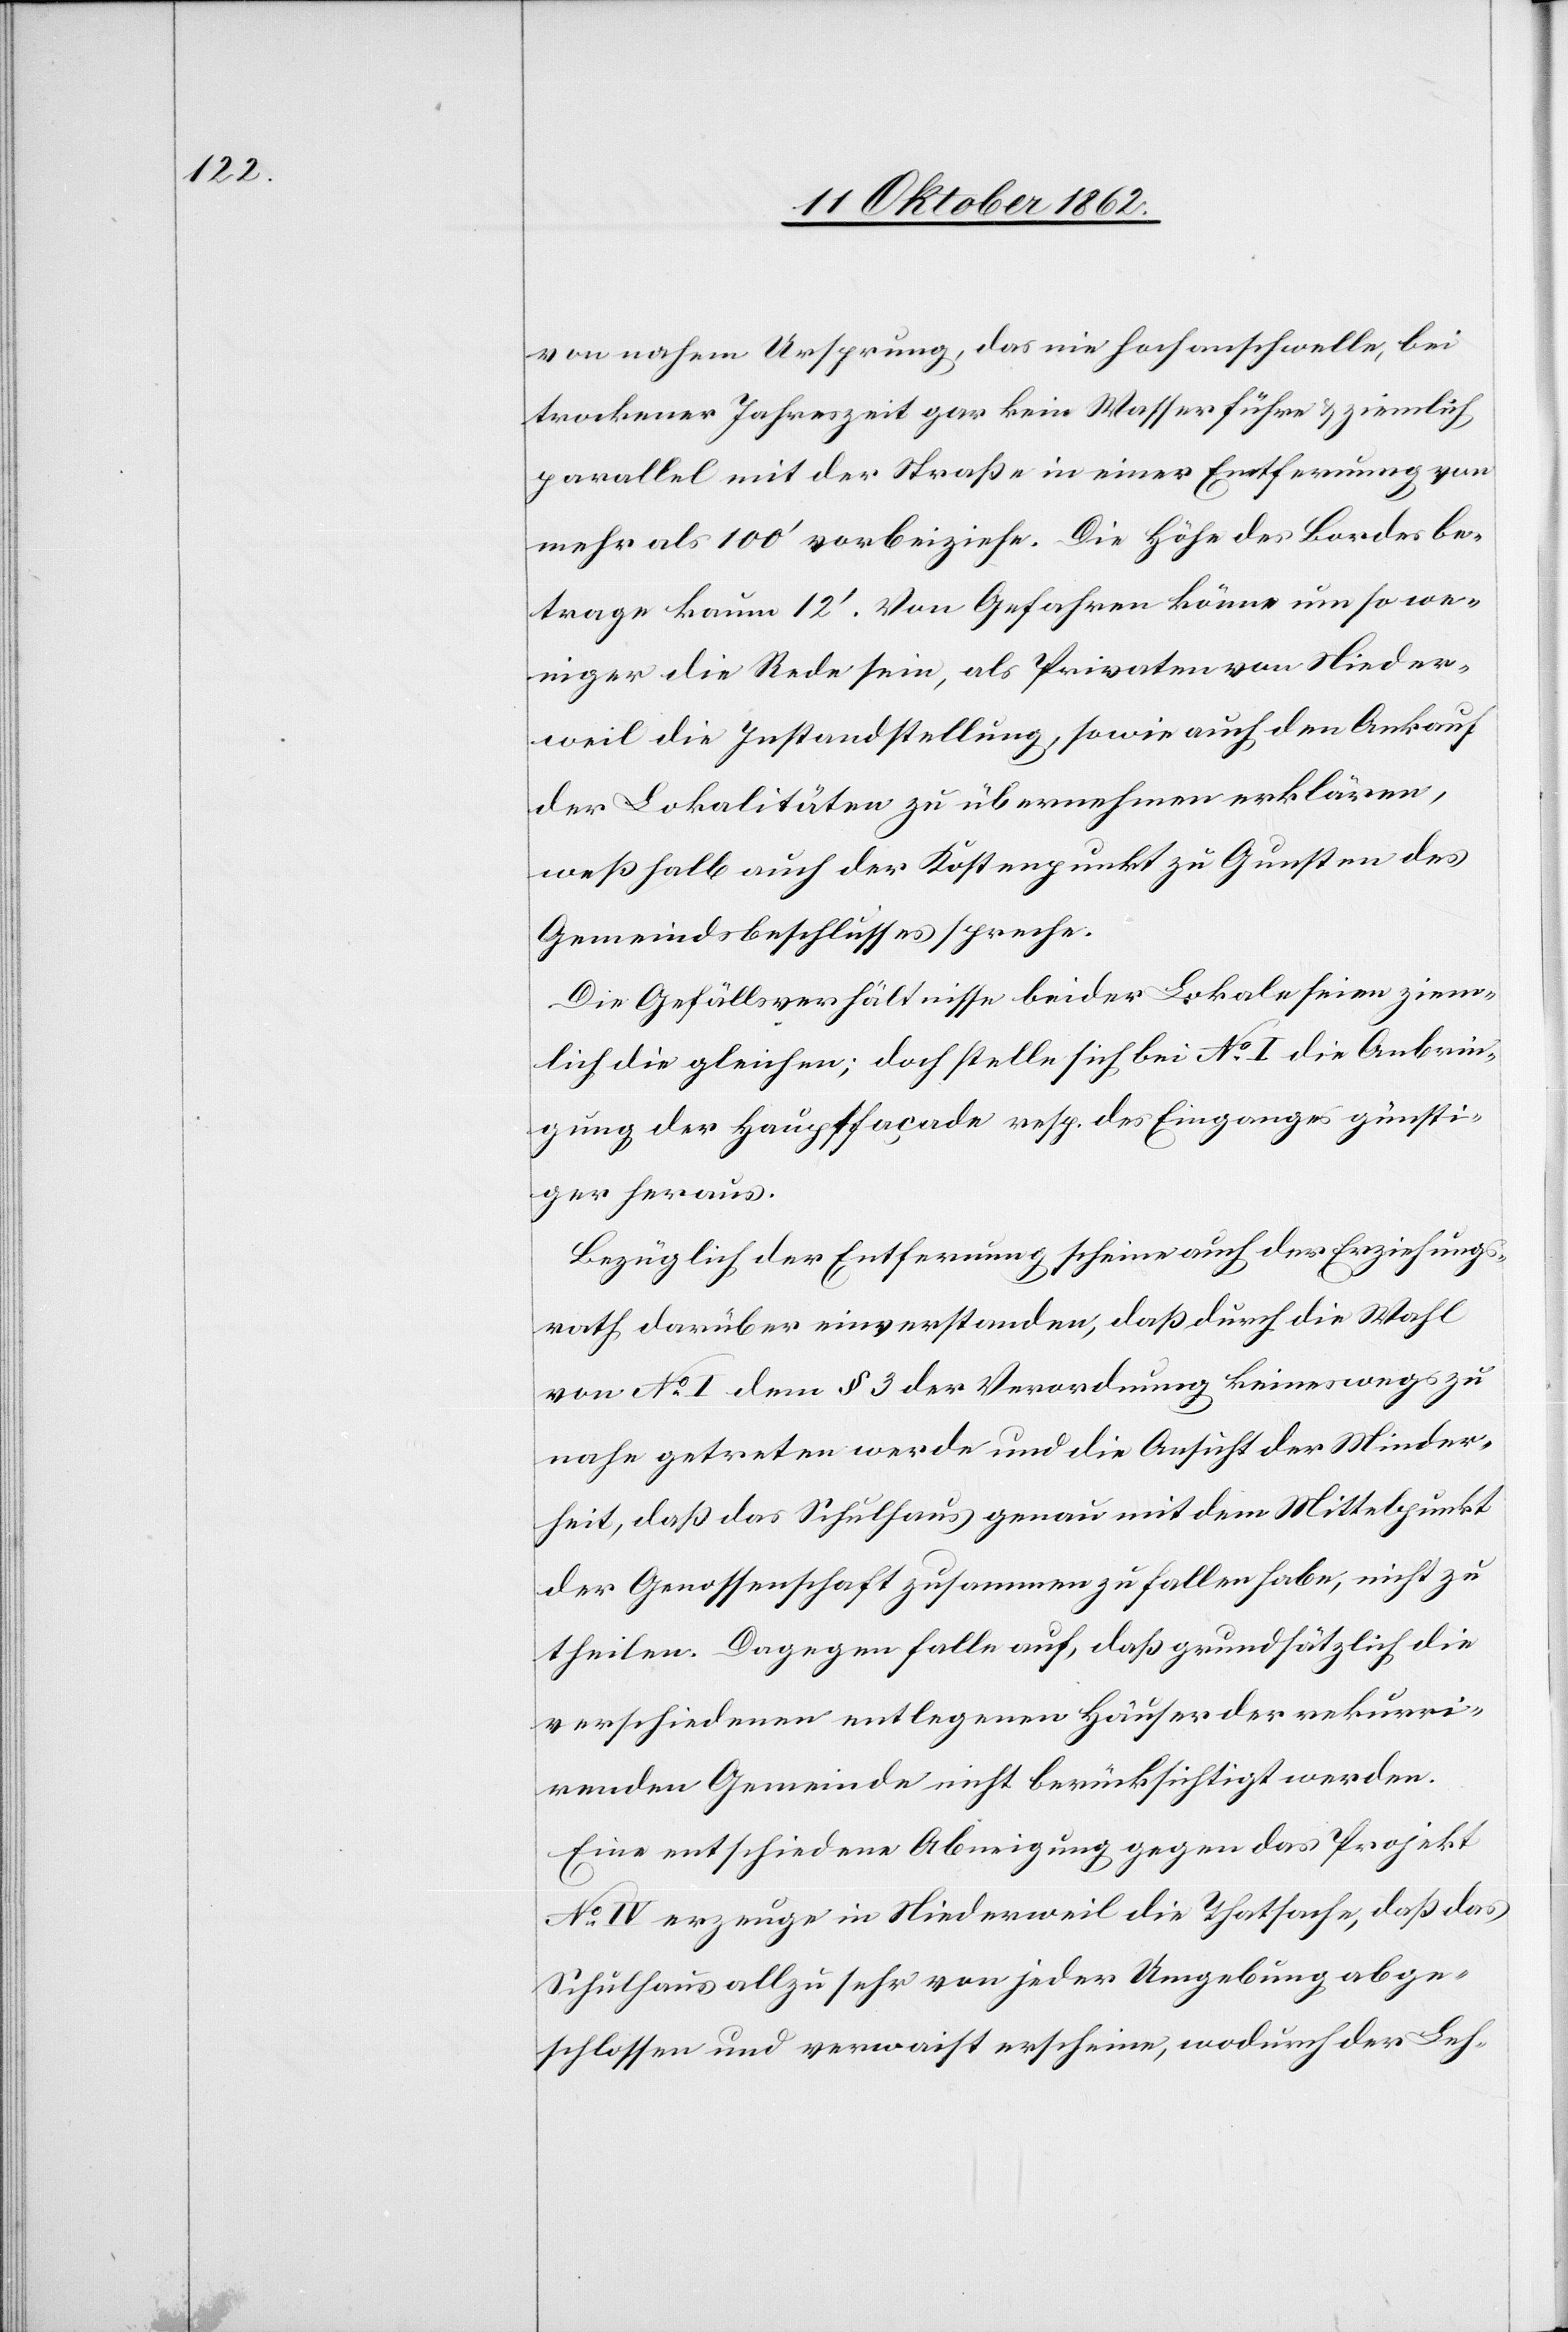
von nahem Ursprung, das nie hoch anschwelle, bei
trockener Jahreszeit gar kein Wasser führe u. ziemlich
parallel mit der Straße in einer Entfernung von
mehr als 100’ vorbeiziehe. Die Höhe des Bordes be¬
trage kaum 12’. Von Gefahren könne um so we¬
niger die Rede sein, als Privaten von Nieder¬
weil die Instandstellung, sowie auch den Ankauf
der Lokalitäten zu übernehmen erklären,
weßhalb auch der Kostenpunkt zu Gunsten des
Gemeindsbeschlusses spreche.
Die Gefällsverhältnisse beider Lokale seien ziem¬
lich die gleichen; doch stelle sich bei No I die Anbrin¬
gung der Hauptfaçade resp. des Einganges günsti¬
ger heraus.
Bezüglich der Entfernung scheine auch der Erziehungs¬
rath darüber einverstanden, daß durch die Wahl
von No I dem § 3 der Verordnung keineswegs zu
nahe getreten werde und die Ansicht der Minder¬
heit, daß das Schulhaus genau mit dem Mittelpunkt
der Genossenschaft zusammen zu fallen habe, nicht zu
theilen. Dagegen falle auf, daß grundsätzlich die
verschiedenen entlegenen Häuser der rekurri¬
renden Gemeinde nicht berücksichtigt werden.
Eine entschiedene Abneigung gegen das Projekt
No. IV erzeuge in Niederweil die Thatsache, daß das
Schulhaus allzu sehr von jeder Umgebung abge¬
schlossen und verwaist erscheine, wodurch der Leh-